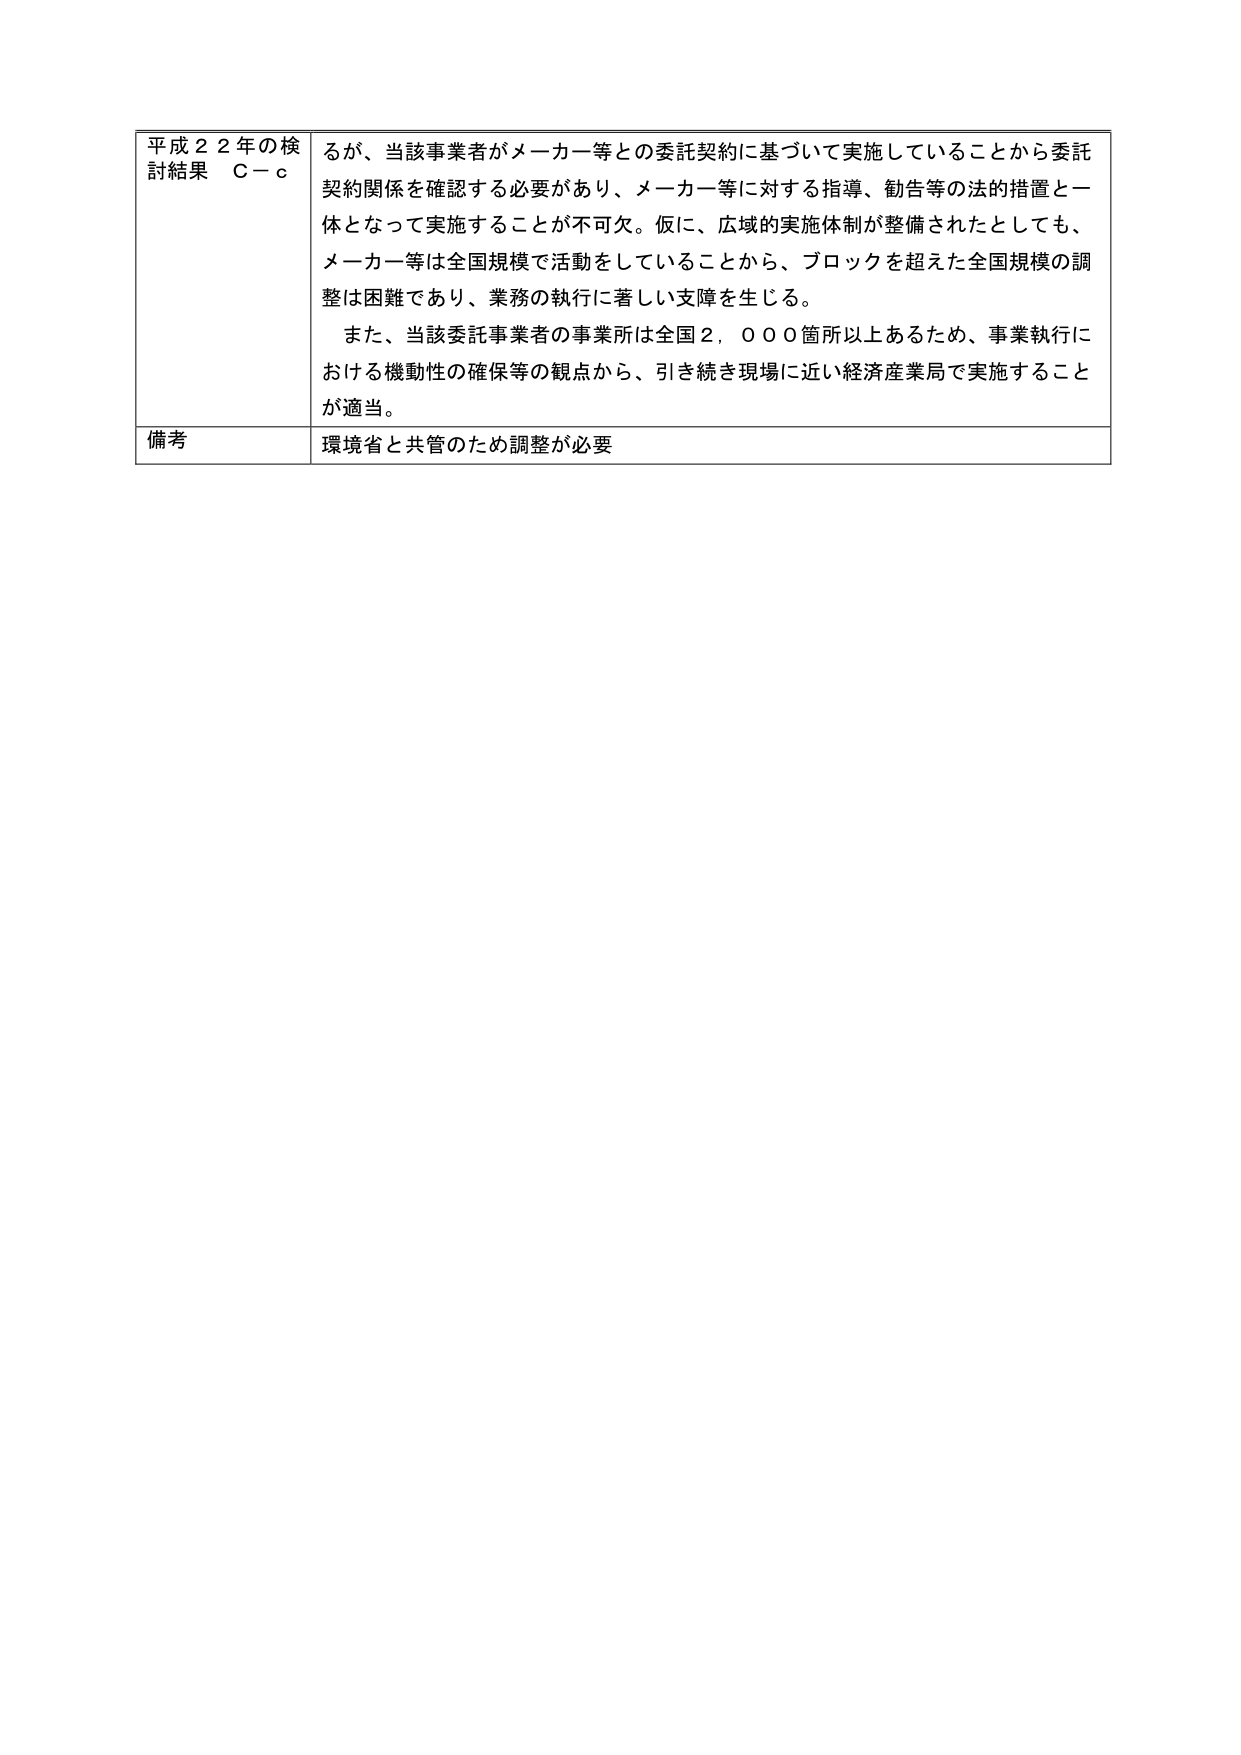
平成２２年の検討結果　Ｃ－ｃ
るが、当該事業者がメーカー等との委託契約に基づいて実施していることから委託契約関係を確認する必要があり、メーカー等に対する指導、勧告等の法的措置と一体となって実施することが不可欠。仮に、広域の実施体制が整備されたとしても、メーカー等は全国規模で活動していることから、ブロックを超えた全国規模の調整は困難であり、業務の執行に著しい支障を生じる。
　また、当該委託事業者の事業所は全国２，０００箇所以上あるため、事業執行における機動性の確保等の観点から、引き続き現場に近い経済産業局で実施することが適当。
備考
環境省と共管のため調整が必要